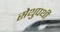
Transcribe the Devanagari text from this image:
सेथुपथी